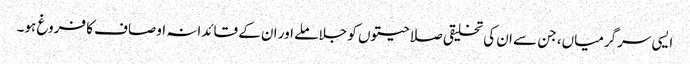
ایسی سرگرمیاں، جن سے ان کی تخلیقی صلاحیتوں کو جلا ملے اور ان کے قائدانہ اوصاف کا فروغ ہو۔